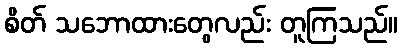
စိတ် သဘောထားတွေလည်း တူကြသည်။